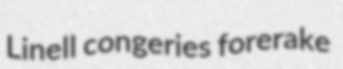
Linell congeries forerake